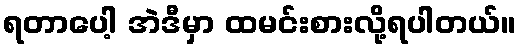
ရတာပေါ့ အဲဒီမှာ ထမင်းစားလို့ရပါတယ်။